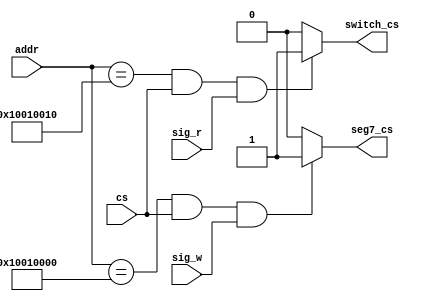
`timescale 1ns / 1ps
//////////////////////////////////////////////////////////////////////////////////
// Company:
// Engineer:
//
// Design Name:
// Module Name:    io_sel
// Project Name:
// Target Devices:
// Tool versions:
// Description:
//
// Dependencies:
//
// Revision:
// Revision 0.01 - File Created
// Additional Comments:
//
//////////////////////////////////////////////////////////////////////////////////
module io_sel(
	input [31:0] addr,
	input cs,
	input sig_w,
	input sig_r,
	output seg7_cs,
	output switch_cs
    );

assign seg7_cs   = (addr == 32'h10010000 && cs == 1 && sig_w == 1) ? 1 : 0;
assign switch_cs = (addr == 32'h10010010 && cs == 1 && sig_r == 1) ? 1 : 0;
endmodule